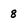
Character: 8